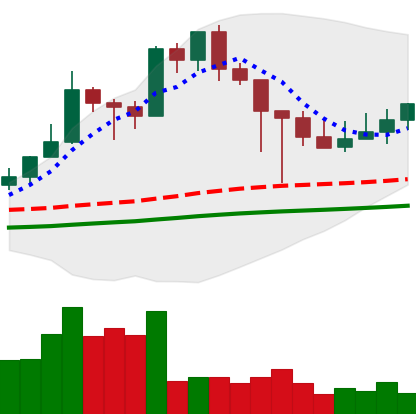
Ticker: XMR-USD
Chart end date: 2021-03-01
Forward return: -11.03%
Label: down_7plus